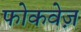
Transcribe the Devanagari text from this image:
फोकवेज़